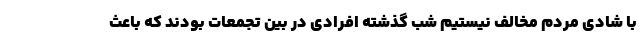
با شادی مردم مخالف نیستیم شب گذشته افرادی در بین تجمعات بودند که باعث